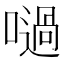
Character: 㗻